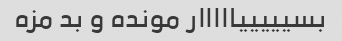
بسیییییااااار مونده و بد مزه